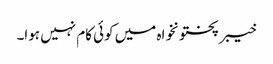
خیبر پختونخواہ میں کوئی کام نہیں ہوا۔